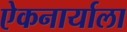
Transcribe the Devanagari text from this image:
एेकनार्याला